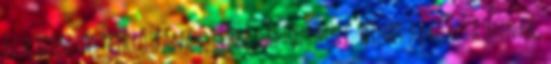
ez a beosztás Miklósfának, lehet változtatni. Nincs akadálya annak,